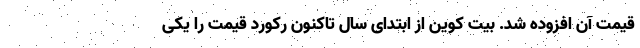
قیمت آن افزوده شد. بیت کوین از ابتدای سال تاکنون رکورد قیمت را یکی